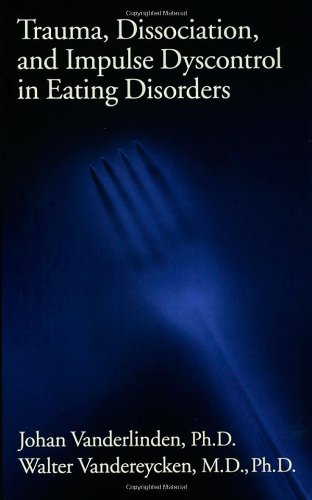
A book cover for Trauma, Dissociation, And Impulse Dyscontrol In Eating Disorders (Brunner/Mazel Eating Disorders Monograph Series); Johan Vanderlinden; Health, Fitness & Dieting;